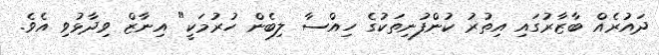
ދައުރެއް ބާޒާރުގައި އިތުރު ކުންފުނިތަކުގެ ހިއްސާ ލިބެން ހުރުމަކީ" އިނާޒް ވިދާޅުވި އެވެ.